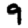
Digit: 9